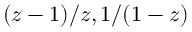
( z - 1 ) / z , 1 / ( 1 - z )